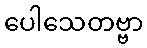
ပေါသေတဗ္ဗာ